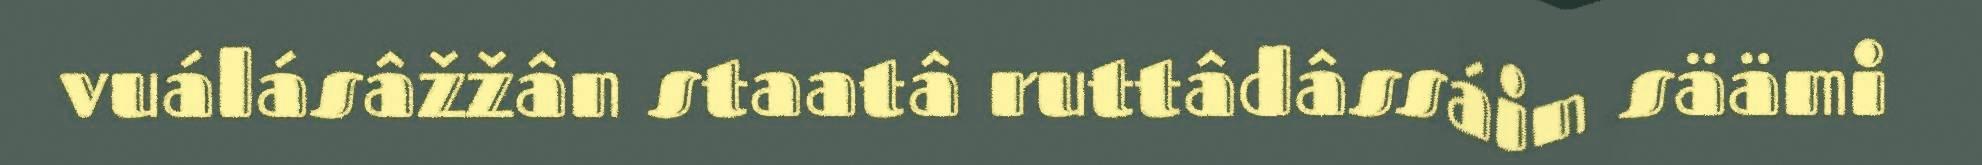
vuálásâžžân staatâ ruttâdâssáin säämi